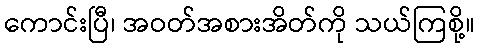
ကောင်းပြီ၊ အဝတ်အစားအိတ်ကို သယ်ကြစို့။